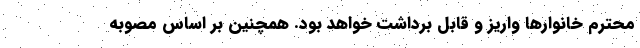
محترم خانوارها واریز و قابل برداشت خواهد بود. همچنین بر اساس مصوبه